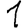
Digit: 1